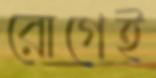
রোগেই